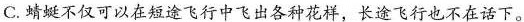
C.蜻蜓不仅可以在短途飞行中飞出各种花样，长途飞行也不在话下。